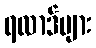
ရလာဒ်များ